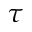
\tau